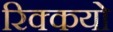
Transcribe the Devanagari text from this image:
रिक्कयो